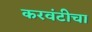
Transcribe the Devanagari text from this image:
करवंटीचा